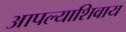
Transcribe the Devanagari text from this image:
आपल्याशिवाय